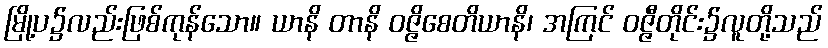
မြို့ပ၌လည်းဖြစ်ကုန်သော။ ယာနိ တာနိ ဝဇ္ဇိစေတိယာနိ၊ အကြင် ဝဇ္ဇီတိုင်း၌လူတို့သည်